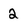
Character: 2